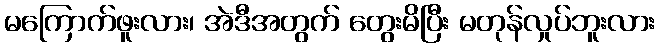
မကြောက်ဖူးလား၊ အဲဒီအတွက် တွေးမိပြီး မတုန်လှုပ်ဘူးလား